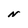
Character: N